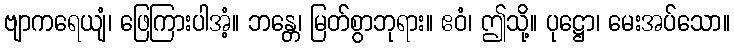
ဗျာကရေယျံ၊ ဖြေကြားပါအံ့။ ဘန္တေ၊ မြတ်စွာဘုရား။ ဧဝံ၊ ဤသို့။ ပုဋ္ဌော၊ မေးအပ်သော။